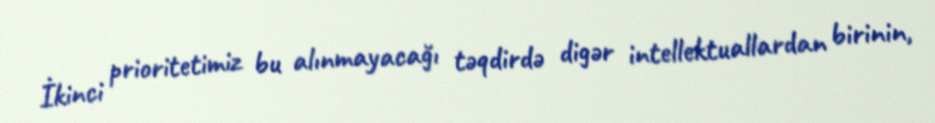
İkinci prioritetimiz bu alınmayacağı təqdirdə digər intellektuallardan birinin,